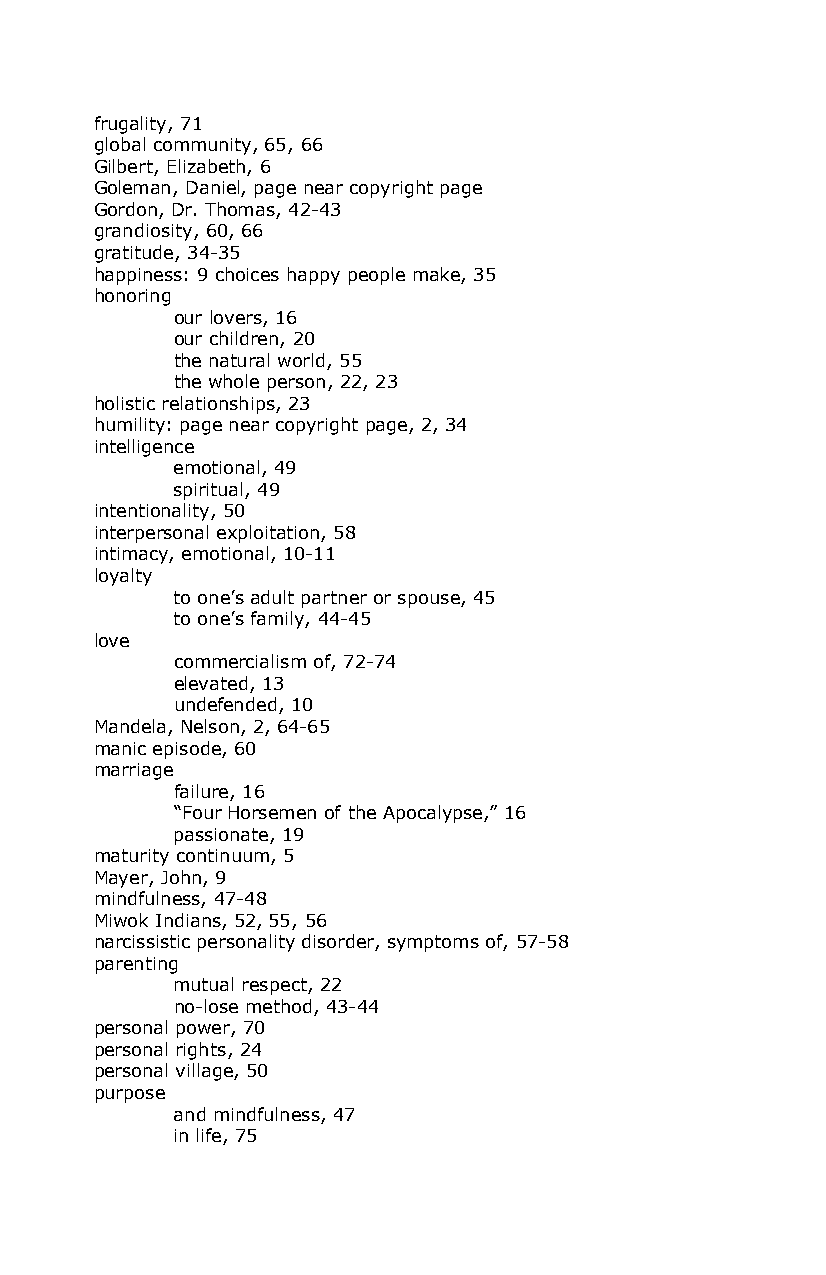
frugality, 71
 global community, 65, 66
 Gilbert, Elizabeth, 6
 Goleman, Daniel, page near copyright page
 Gordon, Dr. Thomas, 42-43
 grandiosity, 60, 66
 gratitude, 34-35
 happiness: 9 choices happy people make, 35
 honoring
 our lovers, 16
 our children, 20
 the natural world, 55
 the whole person, 22, 23
 holistic relationships, 23
 humility: page near copyright page, 2, 34
 intelligence
 emotional, 49
 spiritual, 49
 intentionality, 50
 interpersonal exploitation, 58
 intimacy, emotional, 10-11
 loyalty
 to one’s adult partner or spouse, 45
 to one’s family, 44-45
 love
 commercialism of, 72-74
 elevated, 13
 undefended, 10
 Mandela, Nelson, 2, 64-65
 manic episode, 60
 marriage
 failure, 16
 “Four Horsemen of the Apocalypse,” 16
 passionate, 19
 maturity continuum, 5
 Mayer, John, 9
 mindfulness, 47-48
 Miwok Indians, 52, 55, 56
 narcissistic personality disorder, symptoms of, 57-58
 parenting
 mutual respect, 22
 no-lose method, 43-44
 personal power, 70
 personal rights, 24
 personal village, 50
 purpose
 and mindfulness, 47
 in life, 75